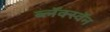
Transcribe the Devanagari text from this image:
ब्लॅक्स्वॅन